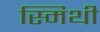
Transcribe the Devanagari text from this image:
स्मिथी